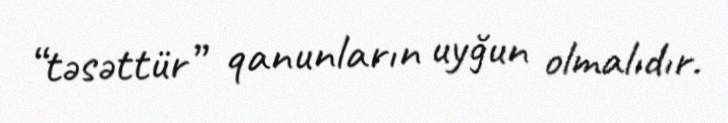
“təsəttür” qanunların uyğun olmalıdır.